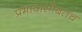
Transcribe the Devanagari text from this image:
प्रभावासोबतच